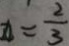
= \frac { 2 } { 3 }